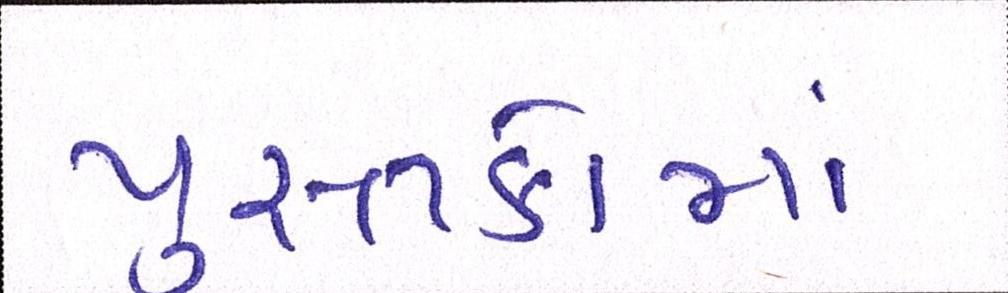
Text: પુસ્તકોમાં